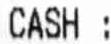
CASH: